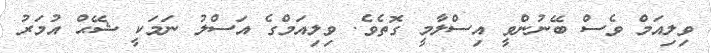
ވިލިއަމް ވެސް ބޭނުންވީ އިސްލާމީ ގޮތެވެ. ވިލިއަމްގެ އަސްލު ނަމަކީ ޝޭޙް އުމަރު